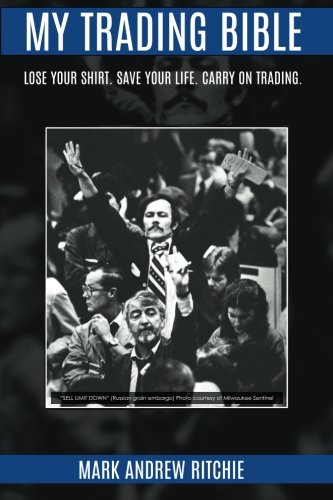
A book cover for My Trading Bible; Mark Andrew Ritchie; Business & Money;